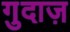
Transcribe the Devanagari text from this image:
गुदाज़